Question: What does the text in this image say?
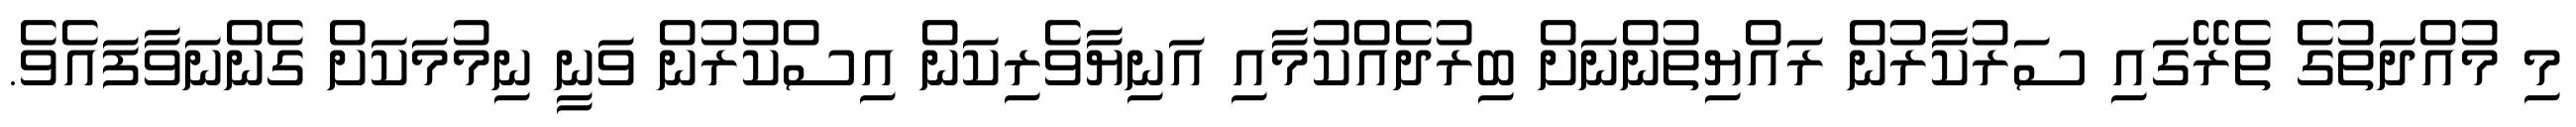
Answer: މި މުއްދަތުގެ ތެރޭގައި ސަރުކާރުން ރައްޔިތުންނަށް ބިރުދެއްކުމާއި އަނިޔާވެރިކަން އިސްކުރުން ވަނީ ނިމުމަކަށް ގެންނަވާފައެވެ.